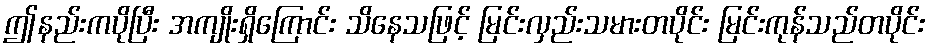
ဤနည်းကပိုပြီး အကျိုးရှိကြောင်း သိနေသဖြင့် မြင်းလှည်းသမားတပိုင်း မြင်းကုန်သည်တပိုင်း